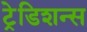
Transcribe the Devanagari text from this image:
ट्रेडिशन्स